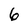
Character: 6